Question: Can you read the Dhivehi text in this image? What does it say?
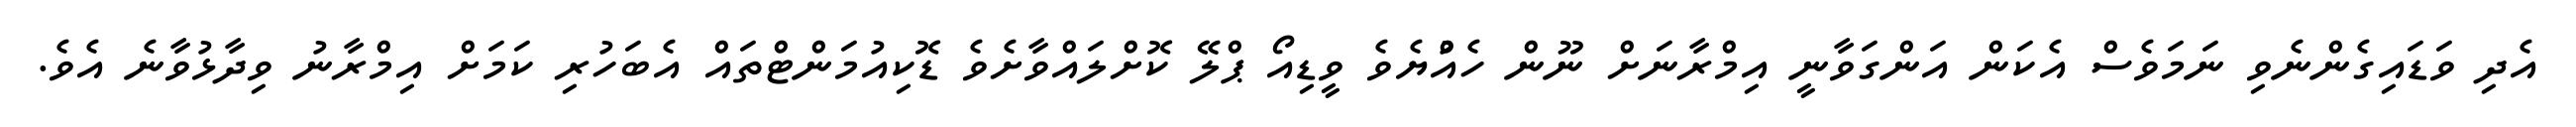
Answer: އެދި ވަޑައިގެންނެވި ނަމަވެސް އެކަން އަންގަވާނީ އިމްރާނަށް ނޫން ހެއްުޔެވެ ވީޑިއޯ ޕްލޭ ކޮށްލައްވާށެވެ ޑޮކިއުމަންޓްތައް އެބަހުރި ކަމަށް އިމްރާނު ވިދާޅުވާނެ އެވެ.